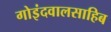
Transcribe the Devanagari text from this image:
गोइंदवालसाहिब